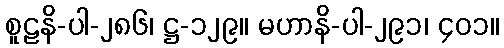
စူဠနိ-ပါ-၂၈၆၊ ဋ္ဌ-၁၂၉။ မဟာနိ-ပါ-၂၉၁၊ ၄၀၁။